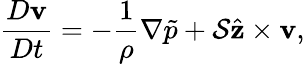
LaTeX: \frac{D\mathbf{v}}{Dt}=-\frac{1}{\rho}\nabla\tilde{p}+\mathcal{S}\hat{\mathbf{z}}\times\mathbf{v},